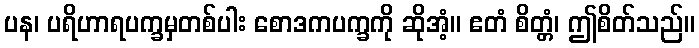
ပန၊ ပရိဟာရပက္ခမှတစ်ပါး စောဒကပက္ခကို ဆိုအံ့။ ဧတံ စိတ္တံ၊ ဤစိတ်သည်။